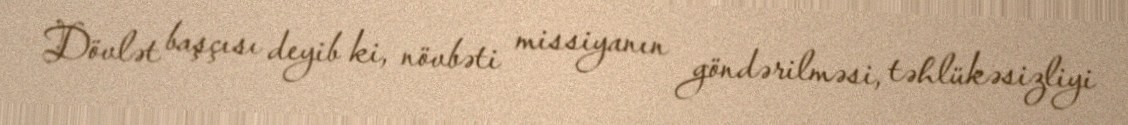
Dövlət başçısı deyib ki, növbəti missiyanın göndərilməsi, təhlükəsizliyi